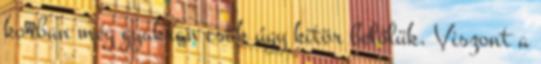
korban még gyakran csak úgy kitör belőlük. Viszont a